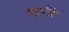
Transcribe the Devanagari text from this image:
मार्गरे